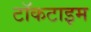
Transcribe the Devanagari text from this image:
टॉकटाइम